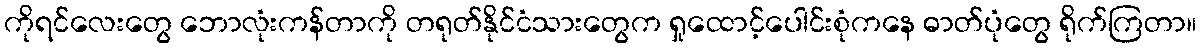
ကိုရင်လေးတွေ ဘောလုံးကန်တာကို တရုတ်နိုင်ငံသားတွေက ရှုထောင့်ပေါင်းစုံကနေ ဓာတ်ပုံတွေ ရိုက်ကြတာ။